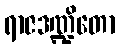
ရာဇဒဏ္ဍိတော